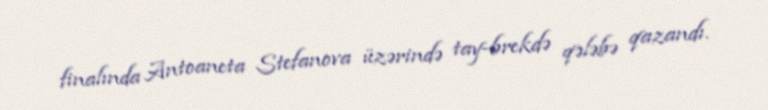
finalında Antoaneta Stefanova üzərində tay-brekdə qələbə qazandı.